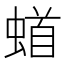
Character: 𫋎